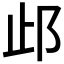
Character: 𰻤